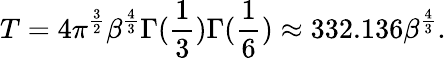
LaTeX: T=4\pi^{\frac{3}{2}}\beta^{\frac{4}{3}}\Gamma({\frac{1}{3}})\Gamma({\frac{1}{6}})\approx 332.136\beta^{\frac{4}{3}}.